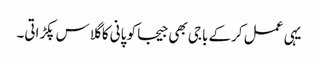
یہی عمل کرکے باجی بھی جیجا کو پانی کا گلاس پکڑاتی۔